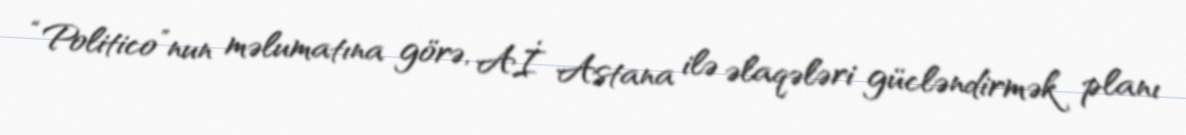
“Politico”nun məlumatına görə, Aİ Astana ilə əlaqələri gücləndirmək planı